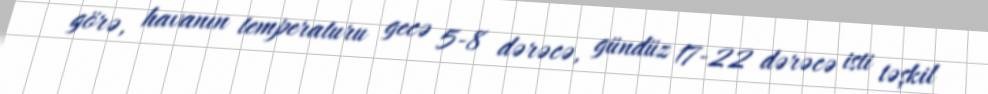
görə, havanın temperaturu gecə 5-8 dərəcə, gündüz 17-22 dərəcə isti təşkil